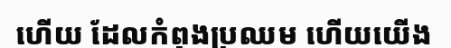
ហើយ ដែលកំពុងប្រឈម ហើយយើង